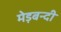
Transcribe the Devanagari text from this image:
मेड़बन्दी